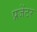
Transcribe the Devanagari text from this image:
प्रजेंटर